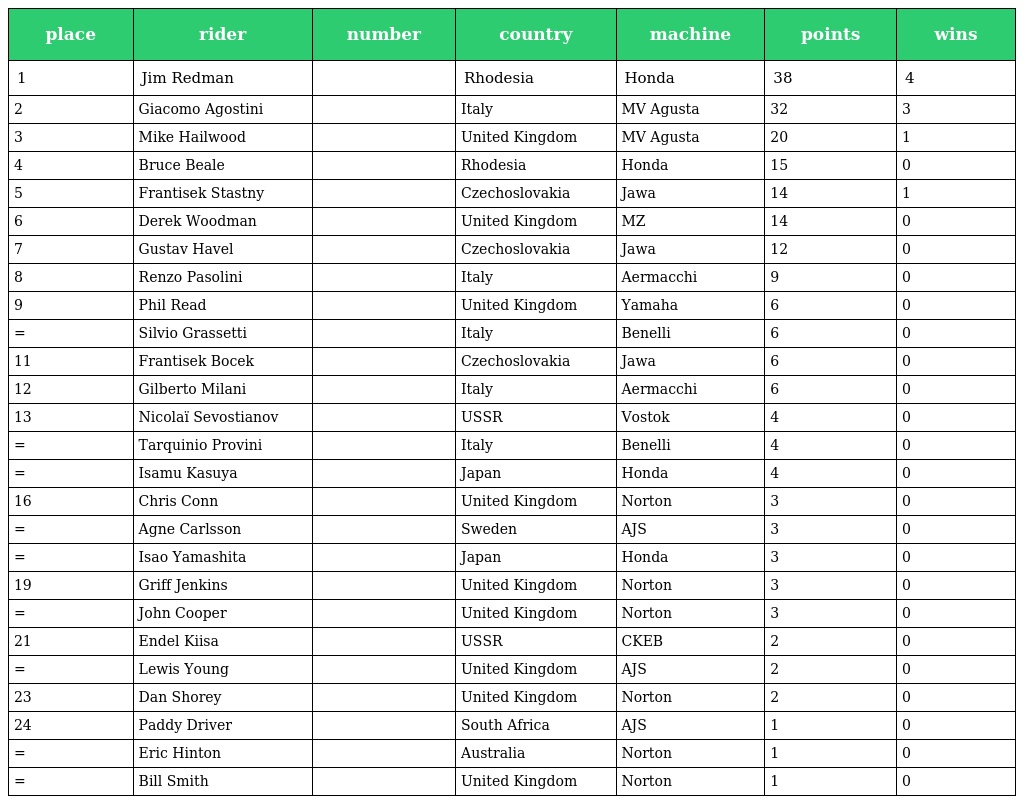
| place | rider | number | country | machine | points | wins |
 | --- | --- | --- | --- | --- | --- | --- |
 | 1 | Jim Redman |  | Rhodesia | Honda | 38 | 4 |
 | 2 | Giacomo Agostini |  | Italy | MV Agusta | 32 | 3 |
 | 3 | Mike Hailwood |  | United Kingdom | MV Agusta | 20 | 1 |
 | 4 | Bruce Beale |  | Rhodesia | Honda | 15 | 0 |
 | 5 | Frantisek Stastny |  | Czechoslovakia | Jawa | 14 | 1 |
 | 6 | Derek Woodman |  | United Kingdom | MZ | 14 | 0 |
 | 7 | Gustav Havel |  | Czechoslovakia | Jawa | 12 | 0 |
 | 8 | Renzo Pasolini |  | Italy | Aermacchi | 9 | 0 |
 | 9 | Phil Read |  | United Kingdom | Yamaha | 6 | 0 |
 | = | Silvio Grassetti |  | Italy | Benelli | 6 | 0 |
 | 11 | Frantisek Bocek |  | Czechoslovakia | Jawa | 6 | 0 |
 | 12 | Gilberto Milani |  | Italy | Aermacchi | 6 | 0 |
 | 13 | Nicolaï Sevostianov |  | USSR | Vostok | 4 | 0 |
 | = | Tarquinio Provini |  | Italy | Benelli | 4 | 0 |
 | = | Isamu Kasuya |  | Japan | Honda | 4 | 0 |
 | 16 | Chris Conn |  | United Kingdom | Norton | 3 | 0 |
 | = | Agne Carlsson |  | Sweden | AJS | 3 | 0 |
 | = | Isao Yamashita |  | Japan | Honda | 3 | 0 |
 | 19 | Griff Jenkins |  | United Kingdom | Norton | 3 | 0 |
 | = | John Cooper |  | United Kingdom | Norton | 3 | 0 |
 | 21 | Endel Kiisa |  | USSR | CKEB | 2 | 0 |
 | = | Lewis Young |  | United Kingdom | AJS | 2 | 0 |
 | 23 | Dan Shorey |  | United Kingdom | Norton | 2 | 0 |
 | 24 | Paddy Driver |  | South Africa | AJS | 1 | 0 |
 | = | Eric Hinton |  | Australia | Norton | 1 | 0 |
 | = | Bill Smith |  | United Kingdom | Norton | 1 | 0 |